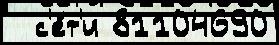
  с'е́т'и 81104690